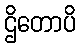
ဌိတောပိ